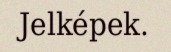
Jelképek.